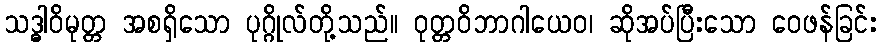
သဒ္ဓါဝိမုတ္တ အစရှိသော ပုဂ္ဂိုလ်တို့သည်။ ဝုတ္တဝိဘာဂါယေဝ၊ ဆိုအပ်ပြီးသော ဝေဖန်ခြင်း